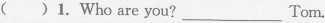
( )1. Who are you?___ Tom.